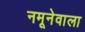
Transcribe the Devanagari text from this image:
नमूनेवाला